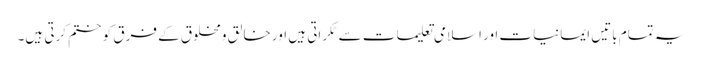
یہ تمام باتیں ایمانیات اور اسلامی تعلیمات سے ٹکراتی ہیں اور خالق ومخلوق کے فرق کو ختم کرتی ہیں۔